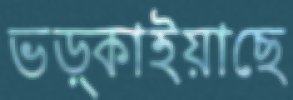
ভড়্‌কাইয়াছে